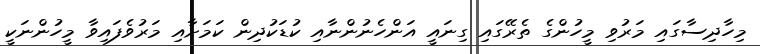
މިހާދިސާގައި މަރުވި މީހުންގެ ތެރޭގައި ގިނައީ އަންހެނުންނާއި ކުޑަކުދިން ކަމަށާއި މަރުވެފައިވާ މީހުންނަކީ